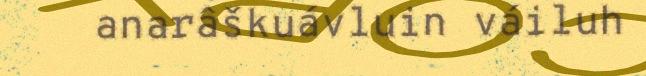
anarâškuávluin váiluh